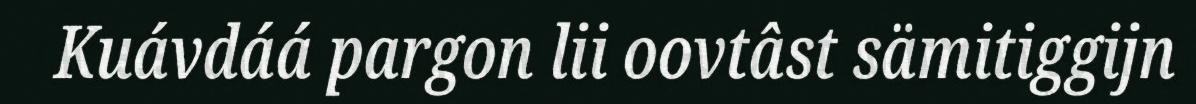
Kuávdáá pargon lii oovtâst sämitiggijn